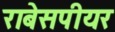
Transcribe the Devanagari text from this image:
राबेसपीयर